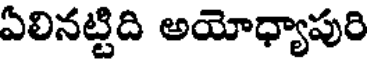
ఏలినట్టిది అయోధ్యాపురి